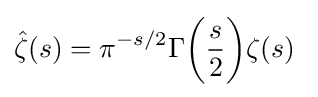
{\hat {\zeta }}(s)=\pi ^{-s/2}\Gamma {\biggl (}{\frac {s}{2}}{\biggr )}\zeta (s)\